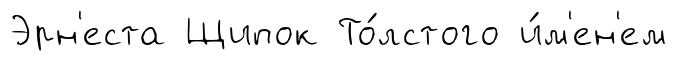
Эрн'еста Щипок То́лстого и́м'ен'ем